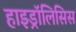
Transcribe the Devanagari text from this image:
हाइड्रॉलिसिस